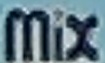
Mix